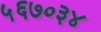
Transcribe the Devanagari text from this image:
५६७०३४